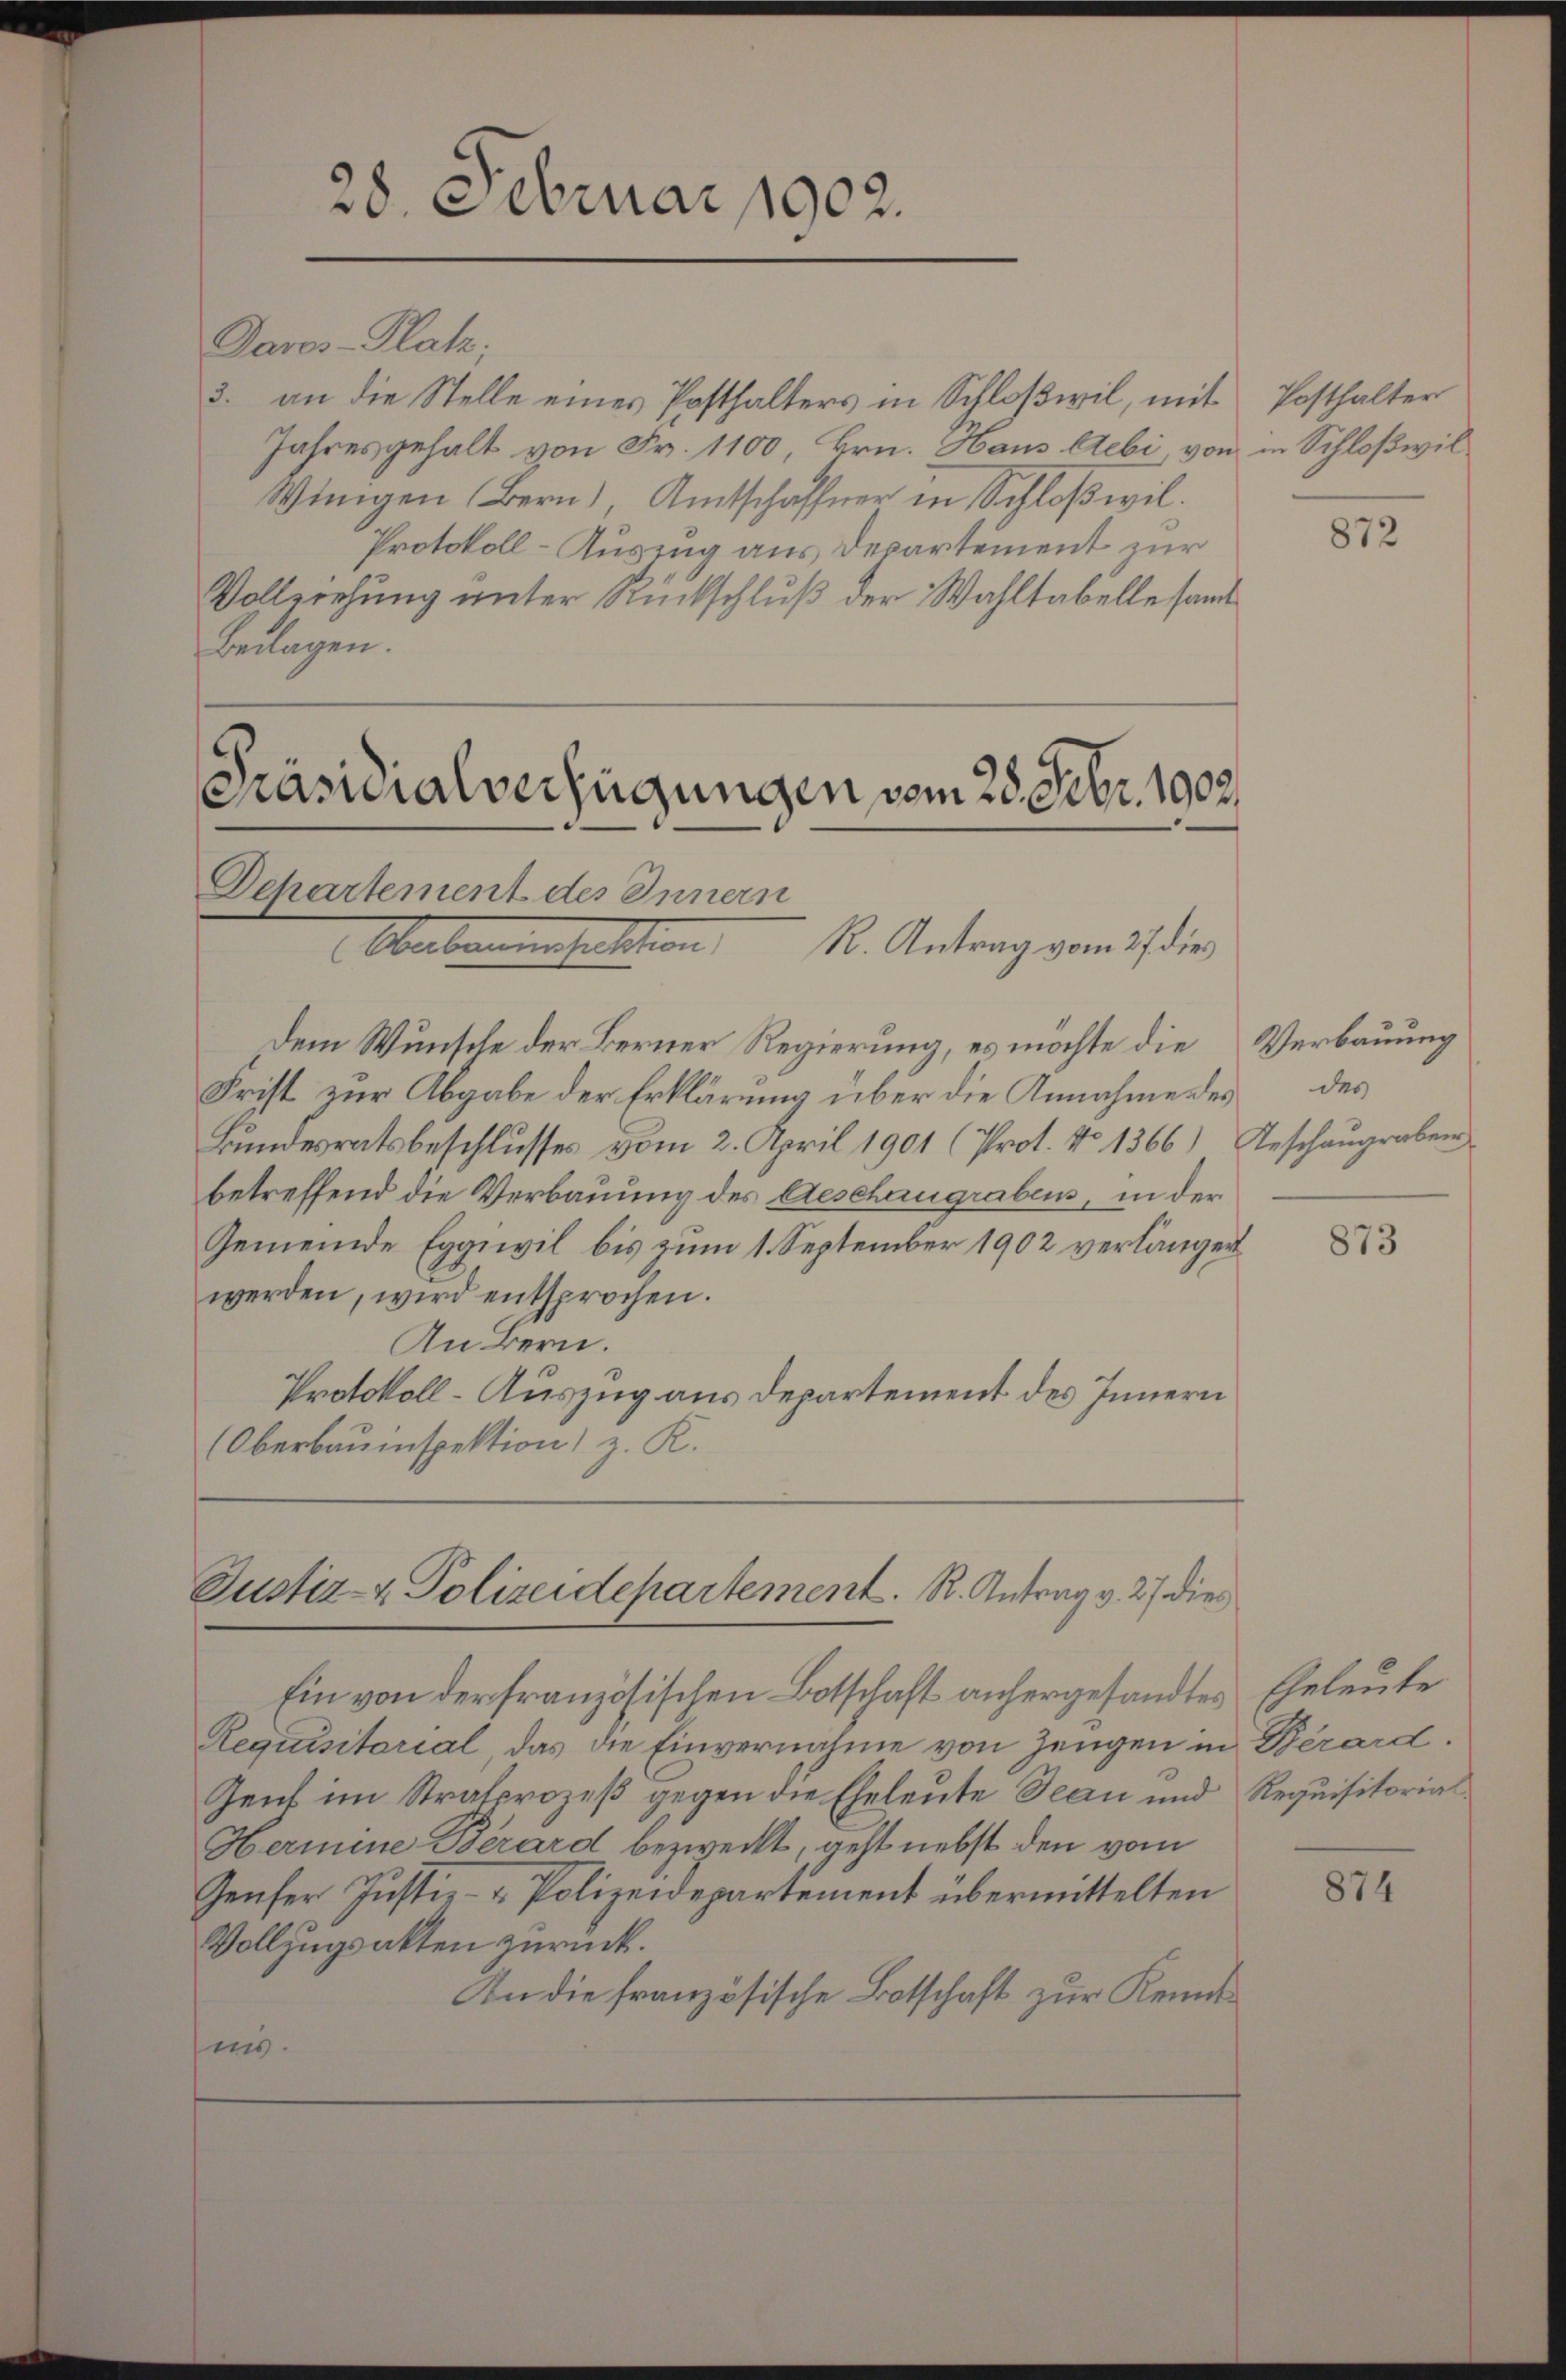
28. Februar 1902.

Davos- Platz;
3. an die Stelle eines Posthalters in Schloßwil, mit
Jahresgehalt von Fr. 1100 Hrn. Haus lebi von
Winigen Bern), Amtschaffner in Schloßwil.
Protokoll-Auszug aus Departement zur
Vollziehung unter Rückschluß der Wahltabelle samt
Beilagen.

Präsidialverfügungen vom 28. Febr. 1902.
Departement des Innern
Abartementation K. Antrag vom 27 die

Dem Wunsche der Berner Regierung, es möchte die Verbauung
Frist zur Abgabe der Erklärung über die Annahme des
Bundesratsbeschlusses vom 2. April 1901 (Prot. No 1366) Geschaugraben
betreffend die Verbauung des Aeschaugrabens, in der
Gemeinde Eggiwil bis zum 1. September 1902 verlängert
werden, wird entsprochen.
An Bern.
Protokoll-Auszug aus Departement des Innern
(Oberbauinspektion, z. K.

Justiz- & Polizeidepartement. R. Antrag v. 27 dies

Ein von der französischen Botschaft anhergesandtes Eheleute
Requisitorial das die Einvernahme von Zeugen in Berard.
Zent im Strafprozeß gegen die Eheleute Jean und Requisitorial¬
Hermine Berard bezweckt, geht nebst den vom
Genfer Justiz- & Polizeidepartement übermittelten
Vollzugsakten zurück.
An die französische Botschaft zur Kenntis.

Posthalter
in Schloßwil¬

872

des

873

874